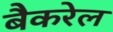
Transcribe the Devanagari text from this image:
बैकरेल